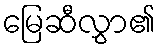
မြေဆီလွှာ၏